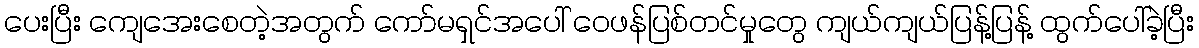
ပေးပြီး ကျေအေးစေတဲ့အတွက် ကော်မရှင်အပေါ် ဝေဖန်ပြစ်တင်မှုတွေ ကျယ်ကျယ်ပြန့်ပြန့် ထွက်ပေါ်ခဲ့ပြီး